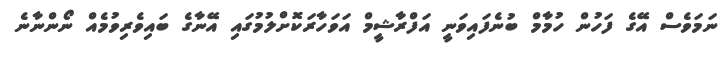
ނަމަވެސް އޭގެ ފަހުން ހުމާމް ބުނެފައިވަނީ އަފްރާޝީމް އަވަހާރަކޮށްލުމުގައި އޭނާގެ ބައިވެރިވުމެއް ނޯންނާނެ